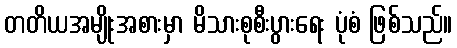
တတိယအမျိုးအစားမှာ မိသားစုစီးပွားရေး ပုံစံ ဖြစ်သည်။